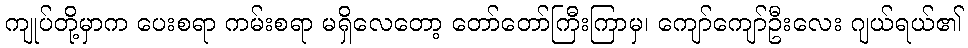
ကျုပ်တို့မှာက ပေးစရာ ကမ်းစရာ မရှိလေတော့ တော်တော်ကြီးကြာမှ၊ ကျော်ကျော်ဦးလေး ဂျယ်ရယ်၏